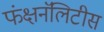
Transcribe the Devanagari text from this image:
फंक्षनॅलिटीस